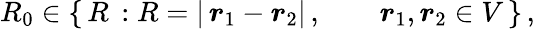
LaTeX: R_{0}\in\{ \, R\, :R=|\, {\boldsymbol r}_{1}-{\boldsymbol r}_{2}|\, ,\qquad{\boldsymbol r}_{1},{\boldsymbol r}_{2}\in V\, \} \, ,